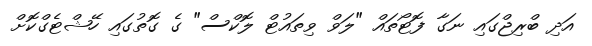
އަދި ބްރިޖްގައި ނަގާ ފޮޓޯތައް "ލަވް ވިތައުޓް ލޮކްސް" ގެ ގޮތުގައި ހޭޝްޓެގްކޮށް